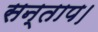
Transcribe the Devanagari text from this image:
सन्‍ताप।